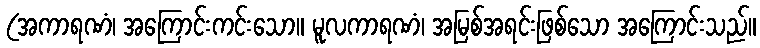
(အကာရဏံ၊ အကြောင်းကင်းသော။ မူလကာရဏံ၊ အမြစ်အရင်းဖြစ်သော အကြောင်းသည်။